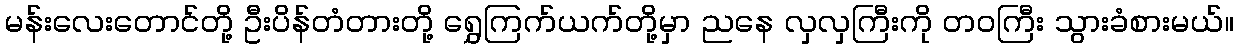
မန်းလေးတောင်တို့ ဦးပိန်တံတားတို့ ရွှေကြက်ယက်တို့မှာ ညနေ လှလှကြီးကို တဝကြီး သွားခံစားမယ်။